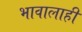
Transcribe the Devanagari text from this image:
भावालाही